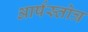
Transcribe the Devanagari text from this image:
आर्षस्तोत्र